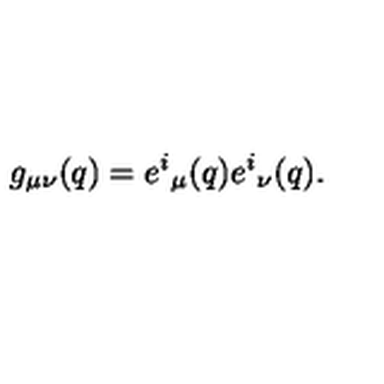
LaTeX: g _ { \mu \nu } ( q ) = e ^ { i } { } _ { \mu } ( q ) e ^ { i } { } _ { \nu } ( q ) .